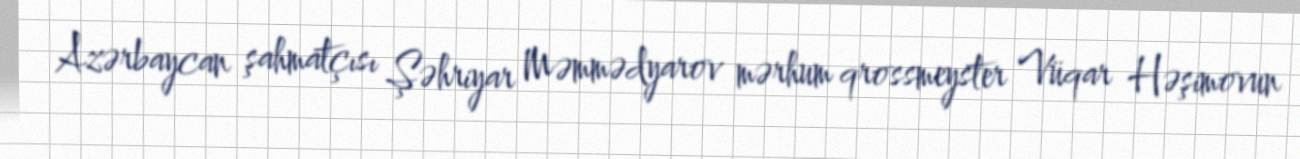
Azərbaycan şahmatçısı Şəhriyar Məmmədyarov mərhum qrossmeyster Vüqar Həşimovun